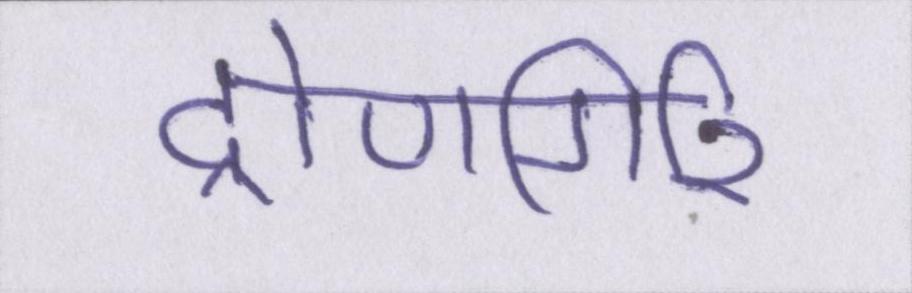
द्रोणगिरि